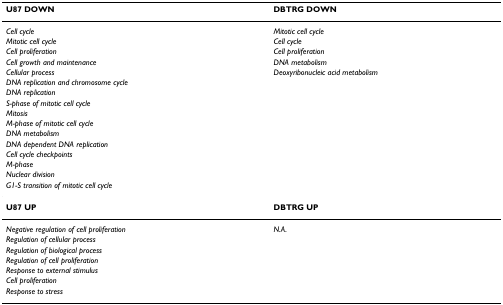
<table><thead><tr><td><b>U87 DOWN</b></td><td><b>DBTRG DOWN</b></td></tr></thead><tbody><tr><td><i>Cell cycle</i></td><td><i>Mitotic cell cycle</i></td></tr><tr><td><i>Mitotic cell cycle</i></td><td><i>Cell cycle</i></td></tr><tr><td><i>Cell proliferation</i></td><td><i>Cell proliferation</i></td></tr><tr><td><i>Cell growth and maintenance</i></td><td><i>DNA metabolism</i></td></tr><tr><td><i>Cellular process</i></td><td><i>Deoxyribonucleic acid metabolism</i></td></tr><tr><td><i>DNA replication and chromosome cycle</i></td><td></td></tr><tr><td><i>DNA replication</i></td><td></td></tr><tr><td><i>S-phase of mitotic cell cycle</i></td><td></td></tr><tr><td><i>Mitosis</i></td><td></td></tr><tr><td><i>M-phase of mitotic cell cycle</i></td><td></td></tr><tr><td><i>DNA metabolism</i></td><td></td></tr><tr><td><i>DNA dependent DNA replication</i></td><td></td></tr><tr><td><i>Cell cycle checkpoints</i></td><td></td></tr><tr><td><i>M-phase</i></td><td></td></tr><tr><td><i>Nuclear division</i></td><td></td></tr><tr><td><i>G1-S transition of mitotic cell cycle</i></td><td></td></tr><tr><td><b>U87 UP</b></td><td><b>DBTRG UP</b></td></tr><tr><td><i>Negative regulation of cell proliferation</i></td><td><i>N.A</i>.</td></tr><tr><td><i>Regulation of cellular process</i></td><td></td></tr><tr><td><i>Regulation of biological process</i></td><td></td></tr><tr><td><i>Regulation of cell proliferation</i></td><td></td></tr><tr><td><i>Response to external stimulus</i></td><td></td></tr><tr><td><i>Cell proliferation</i></td><td></td></tr><tr><td><i>Response to stress</i></td><td></td></tr></tbody></table>